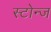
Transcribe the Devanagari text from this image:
स्टोन्ज